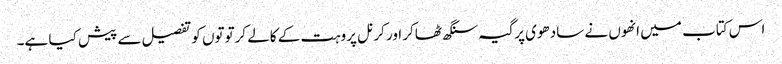
اس کتاب میں انھوں نے سادھوی پرگیہ سنگھ ٹھاکر اور کرنل پروہت کے کالے کرتوتوں کو تفصیل سے پیش کیا ہے۔